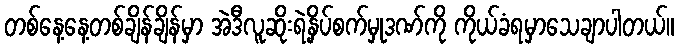
တစ်နေ့နေ့တစ်ချိန်ချိန်မှာ အဲဒီလူဆိုးရဲ့နှိပ်စက်မှုဒဏ်ကို ကိုယ်ခံရမှာသေချာပါတယ်။